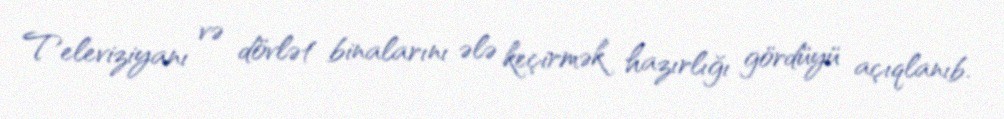
Televiziyanı və dövlət binalarını ələ keçirmək hazırlığı gördüyü açıqlanıb.